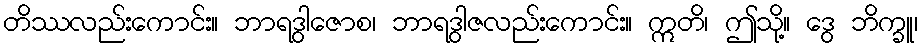
တိဿလည်းကောင်း။ ဘာရဒွါဇောစ၊ ဘာရဒွါဇလည်းကောင်း။ ဣတိ၊ ဤသို့။ ဒွေ ဘိက္ခူ၊